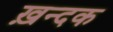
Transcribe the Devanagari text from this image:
ख़न्दक